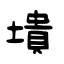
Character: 墤